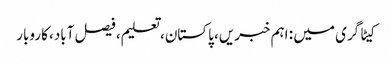
کیٹاگری میں : اہم خبریں، پاکستان، تعلیم، فیصل آباد، کاروبار